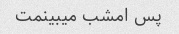
پس امشب میبینمت